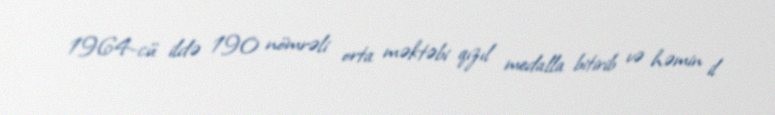
1964-cü ildə 190 nömrəli orta məktəbi qızıl medalla bitirib və həmin il